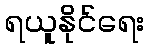
ရယူနိုင်ရေး